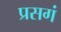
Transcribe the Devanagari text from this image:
प्रसगं